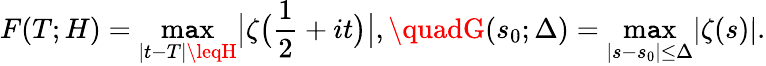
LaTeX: F(T;H)=\operatorname*{m\mathtt{a}x}_{|t-T|\leqH}{\bigl|}\zeta{\bigl(}{\frac{{1}}{{2}}}+it{\bigr)}{\bigr|},\quadG(s_{0};\Delta)=\operatorname*{m\mathtt{a}x}_{|s-s_{0}|\leq\Delta}|\zeta(s)|.